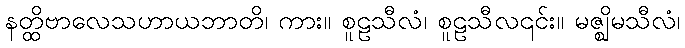
နတ္ထိဗာလေသဟာယဘာတိ၊ ကား။ စူဠသီလံ၊ စူဠသီလ၎င်း။ မဇ္ဈိမသီလံ၊